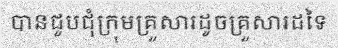
បានជួបជុំក្រុមគ្រួសារដូចគ្រួសារដទៃ